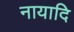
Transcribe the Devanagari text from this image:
नायादि